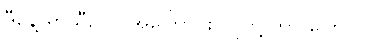
ဒီနေ့ ရာသီဥတု အကြောင်း သူတို့ ဘာ ပြောလဲ။